Source: Handwritten
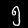
Digit: ၅ (5)